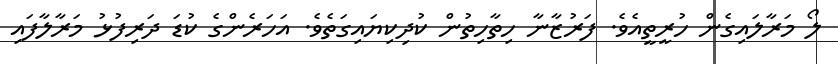
ލޯ މަރާލައިގެން ހުރީތީއެވެ. ފަރުޒާނާ ހިތާހިތުން ކުދިކިޔައިގަތެވެ. އަހަރެންގެ ކުޑަ ދަރިފުޅު މަރާލާފައި